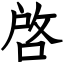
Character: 啓